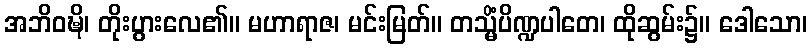
အဘိဝဍ္ဎိ၊ တိုးပွားလေ၏။ မဟာရာဇ၊ မင်းမြတ်။ တသ္မိံပိဏ္ဍပါတေ၊ ထိုဆွမ်း၌။ ဒေါသော၊